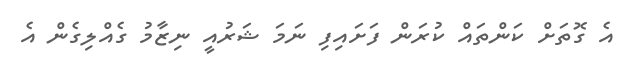
އެ ގޮތަށް ކަންތައް ކުރަން ފަށައިފި ނަމަ ޝަރުއީ ނިޒާމު ގެއްލިގެން އެ